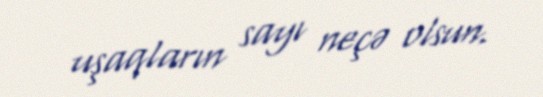
uşaqların sayı neçə olsun.